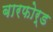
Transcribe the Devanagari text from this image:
बारफोर्ड